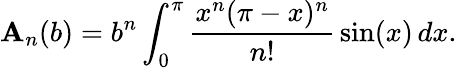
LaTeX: \mathbf{A}_{n}(b)=b^{n}\int_{0}^{\pi}{\frac{{x^{n}(\pi-x)^{n}}}{{n!}}}\sin(x)\, dx.